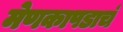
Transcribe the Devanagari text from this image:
मेणकापडाचं